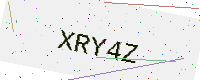
Text: XRY4Z